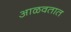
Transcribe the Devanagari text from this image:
आळवतात